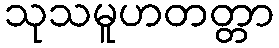
သုသမူဟတတ္တာ